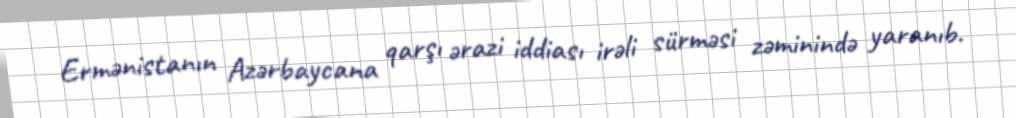
Ermənistanın Azərbaycana qarşı ərazi iddiası irəli sürməsi zəminində yaranıb.